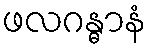
ဖလဂန္ဓာနံ